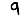
Digit: 9